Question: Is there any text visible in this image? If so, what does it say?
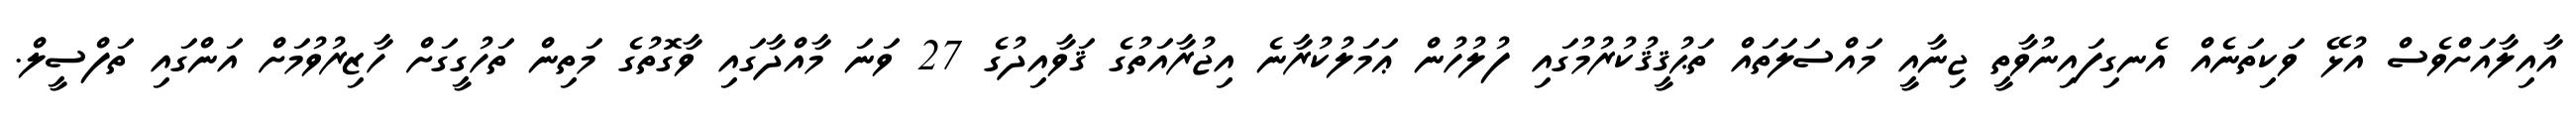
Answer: އާއިލާއަށްވެސް އުޅޭ ވަކިތަނެއް އެނގިފައިނުވާތީ ޖިނާއީ މައްސަލަތައް ތަޙުޤީޤުކުރުމުގައި ފުލުހުން ޢަމަލުކުރާނެ އިޖުރާއަތުގެ ޤަވާއިދުގެ 27 ވަނަ މާއްދާގައި ވާގޮތުގެ މަތިން ތަހުގީގަށް ހާޒިރުވުމަށް އަންގައި ތަފްސީލް.